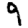
Digit: 9